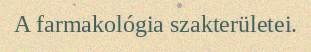
A farmakológia szakterületei.